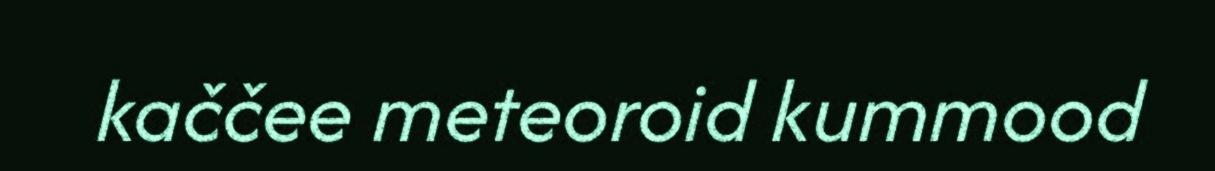
kaččee meteoroid kummood